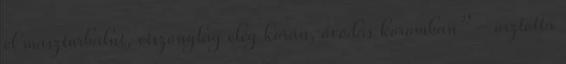
el maszturbálni, viszonylag elég korán, óvodás koromban” – osztotta